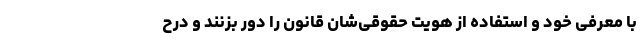
با معرفی خود و استفاده از هویت حقوقی‌شان قانون را دور بزنند و درح